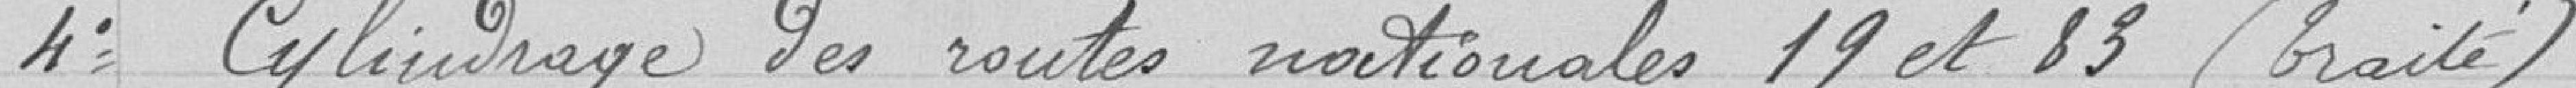
4° Cylindrage des routes nationales 19 et 83 (traité).